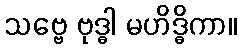
သဗ္ဗေ ဗုဒ္ဓါ မဟိဒ္ဓိကာ။